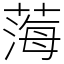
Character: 𦷫